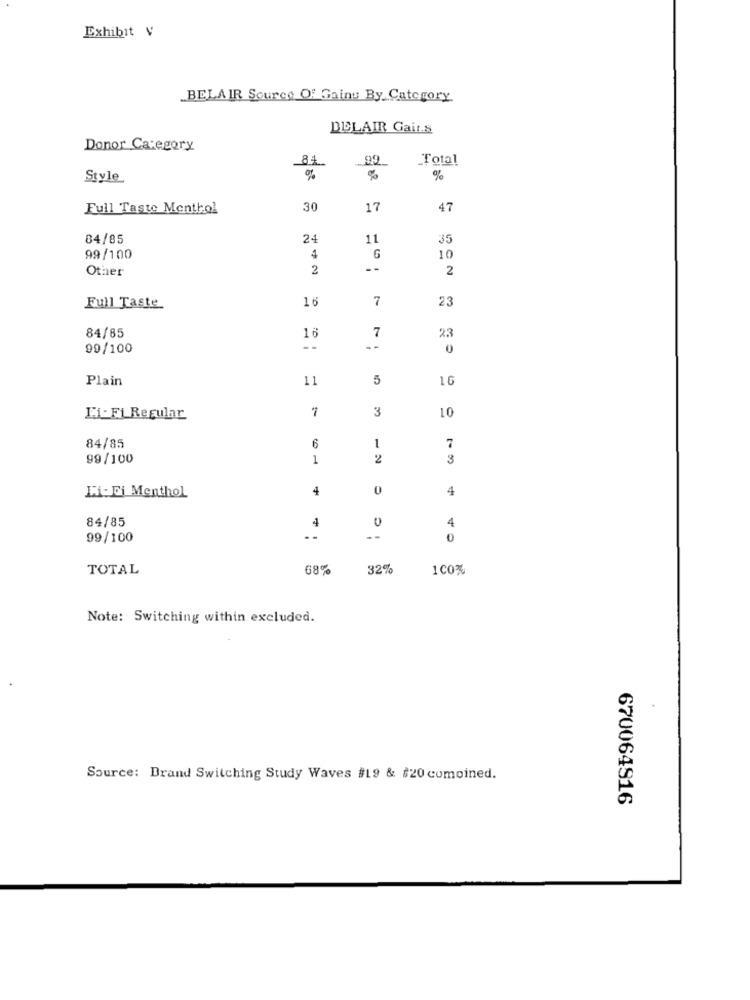
Exhibit V
BELAIR Source Of Gains By Category
DELAIR Gait.s
Donor Category
84.
Total
Style
%
Full Taste Menthol
30
17
47
84/85
24
11
35
99/100
4
G
10
Other
2
--
2
16
7
23
Full Taste
84/85
16
7
23
99/100
--
0
Plain
11
5
10
3
LO
L1- Fi Regular
6
84/85
1
7
99/100
1
2
3
4
4
LicFi Menthol
84/85
4
4
99/100
0
TOTAL
68%
32%
100%
Note: Switching within excluded.
Source: Brand Switching Study Waves #19 & #20 comoined.
670064916